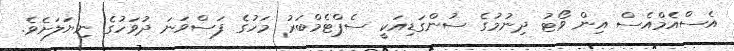
އެސްއެމްއެސް އިން ވޯޓު ދިނުމުގެ ސުންގަޑިއަކީ ސެޕްޓެމްބަރު މަހުގެ ފަސްވަނަ ދުވަހުގެ ނިޔަލަށެވެ.